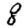
Digit: 8